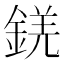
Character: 錓